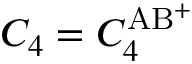
C _ { 4 } = C _ { 4 } ^ { \mathrm { A B ^ { + } } }